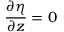
\frac { \partial \eta } { \partial z } = 0